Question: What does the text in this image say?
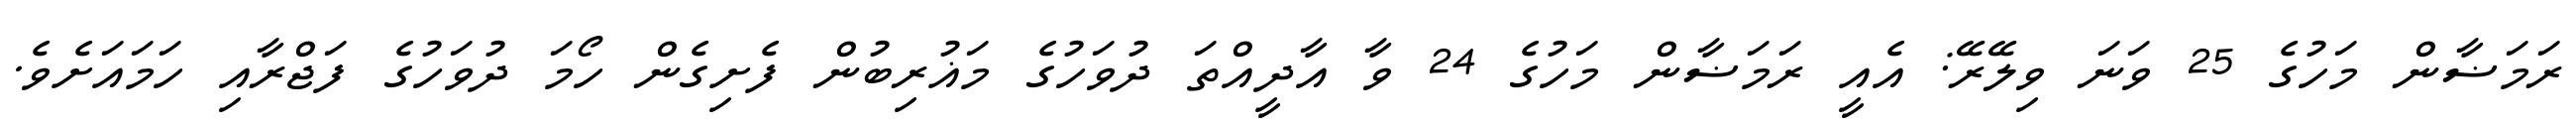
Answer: ރަމަޟާން މަހުގެ 25 ވަނަ ވިލޭރޭ: އެއީ ރަމަޟާން މަހުގެ 24 ވާ އާދީއްތަ ދުވަހުގެ މަޣުރިބުން ފެށިގެން ހޯމަ ދުވަހުގެ ފަޖްރާއި ހަމައަށެވެ.